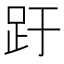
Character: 趶